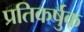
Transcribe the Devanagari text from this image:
प्रतिकर्षुक